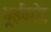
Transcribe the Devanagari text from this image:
भूईकोट